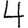
Digit: 4